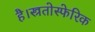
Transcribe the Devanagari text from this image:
है।स्त्रतोस्फेरिक